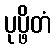
ပုပ္ဖိတံ